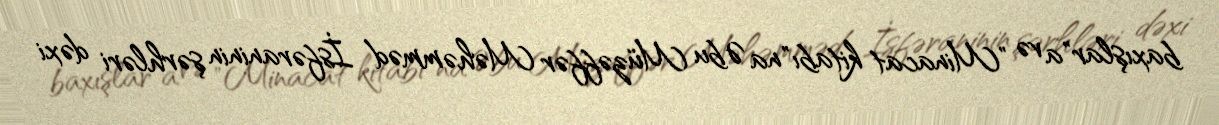
baxışlar"a və "Minacat kitabı"na Əbu Müzəffər Məhəmməd İsfəraninin şərhləri dəxi